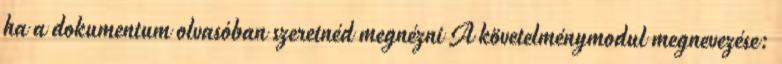
ha a dokumentum olvasóban szeretnéd megnézni A követelménymodul megnevezése: